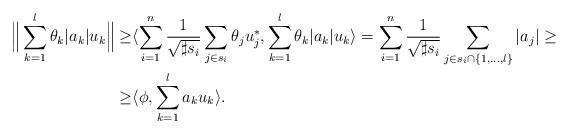
LaTeX: \begin{align*}\Big\|\sum_{k=1}^l\theta_k|a_k|u_k\Big\|\geq &\langle\sum_{i=1}^n\frac{1}{\sqrt{\sharp s_i}}\sum_{j\in s_i}\theta_j u_j^*,\sum_{k=1}^l\theta_k|a_k|u_k\rangle= \sum_{i=1}^n\frac{1}{\sqrt{\sharp s_i}}\sum_{j\in s_i\cap\{1,\ldots,l\}}|a_j|\geq \\\geq & \langle\phi,\sum_{k=1}^l a_ku_k\rangle.\end{align*}